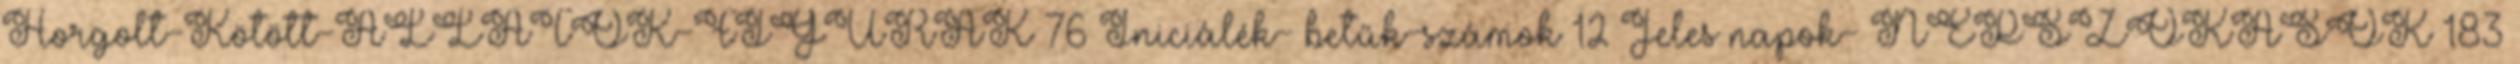
Horgolt-Kötött-ÁLLATOK-FIGURÁK 76 Iniciálék- betűk-számok 12 Jeles napok- NÉPSZOKÁSOK 183